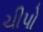
ચીપો